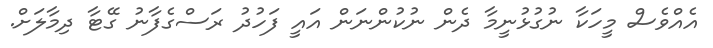
އެއްވެސް މީހަކާ ނުގުޅުނީމާ ދެން ނުކުންނަން އައީ ފަހުދު ރަސްގެފާނު ގޭޓާ ދިމާލަށް.